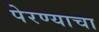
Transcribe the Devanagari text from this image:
पेरण्याचा